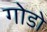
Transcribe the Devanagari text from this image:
गोडो